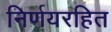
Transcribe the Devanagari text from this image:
निर्णयरहित